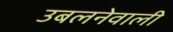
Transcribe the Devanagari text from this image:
उबलनेवाली